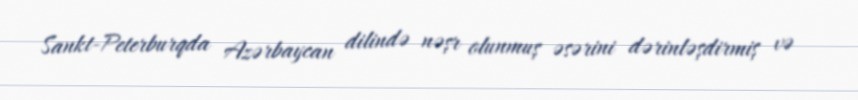
Sankt-Peterburqda Azərbaycan dilində nəşr olunmuş əsərini dərinləşdirmiş və